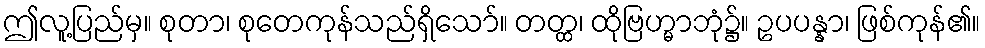
ဤလူ့ပြည်မှ။ စုတာ၊ စုတေကုန်သည်ရှိသော်။ တတ္ထ၊ ထိုဗြဟ္မာဘုံ၌။ ဥပပန္နာ၊ ဖြစ်ကုန်၏။